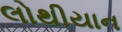
લોથીયાન